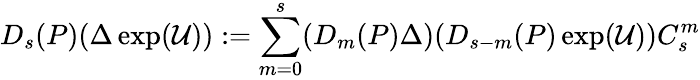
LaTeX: D_{s}(P)(\Delta\exp(\mathcal{U})):=\sum_{m=0}^{s}(D_{m}(P)\Delta)(D_{s-m}(P)\exp(\mathcal{U}))C_{s}^{m}